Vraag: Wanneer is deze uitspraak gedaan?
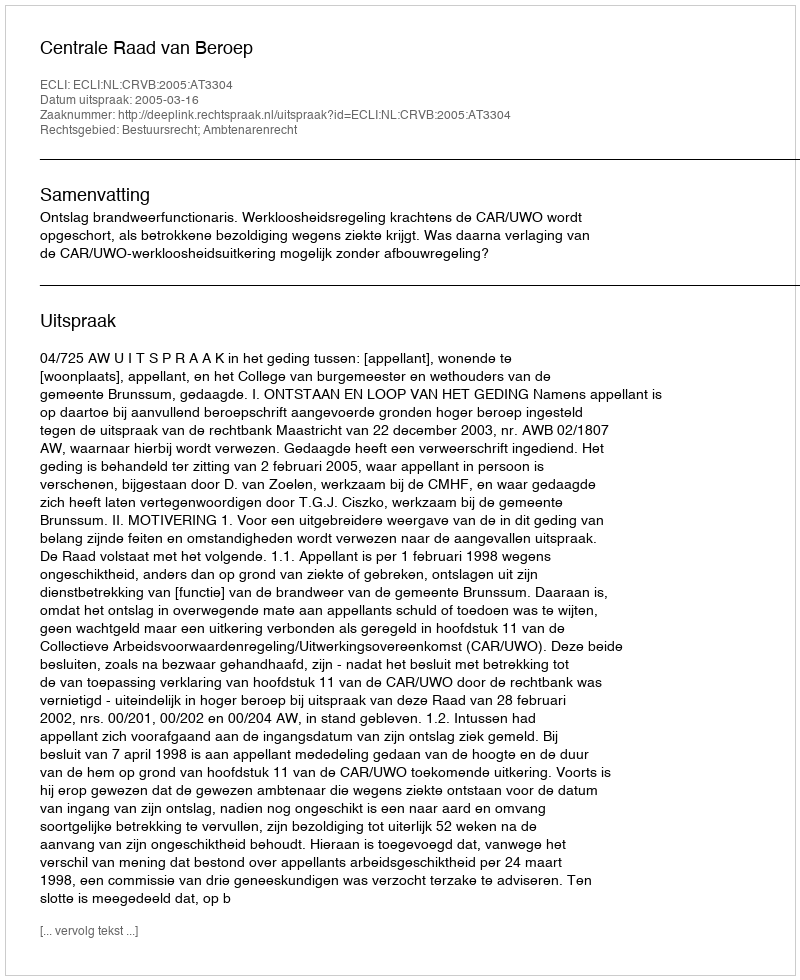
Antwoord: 2005-03-16